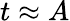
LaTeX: t\approx A